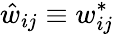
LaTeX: \hat{w}_{ij}\equiv w_{ij}^{*}